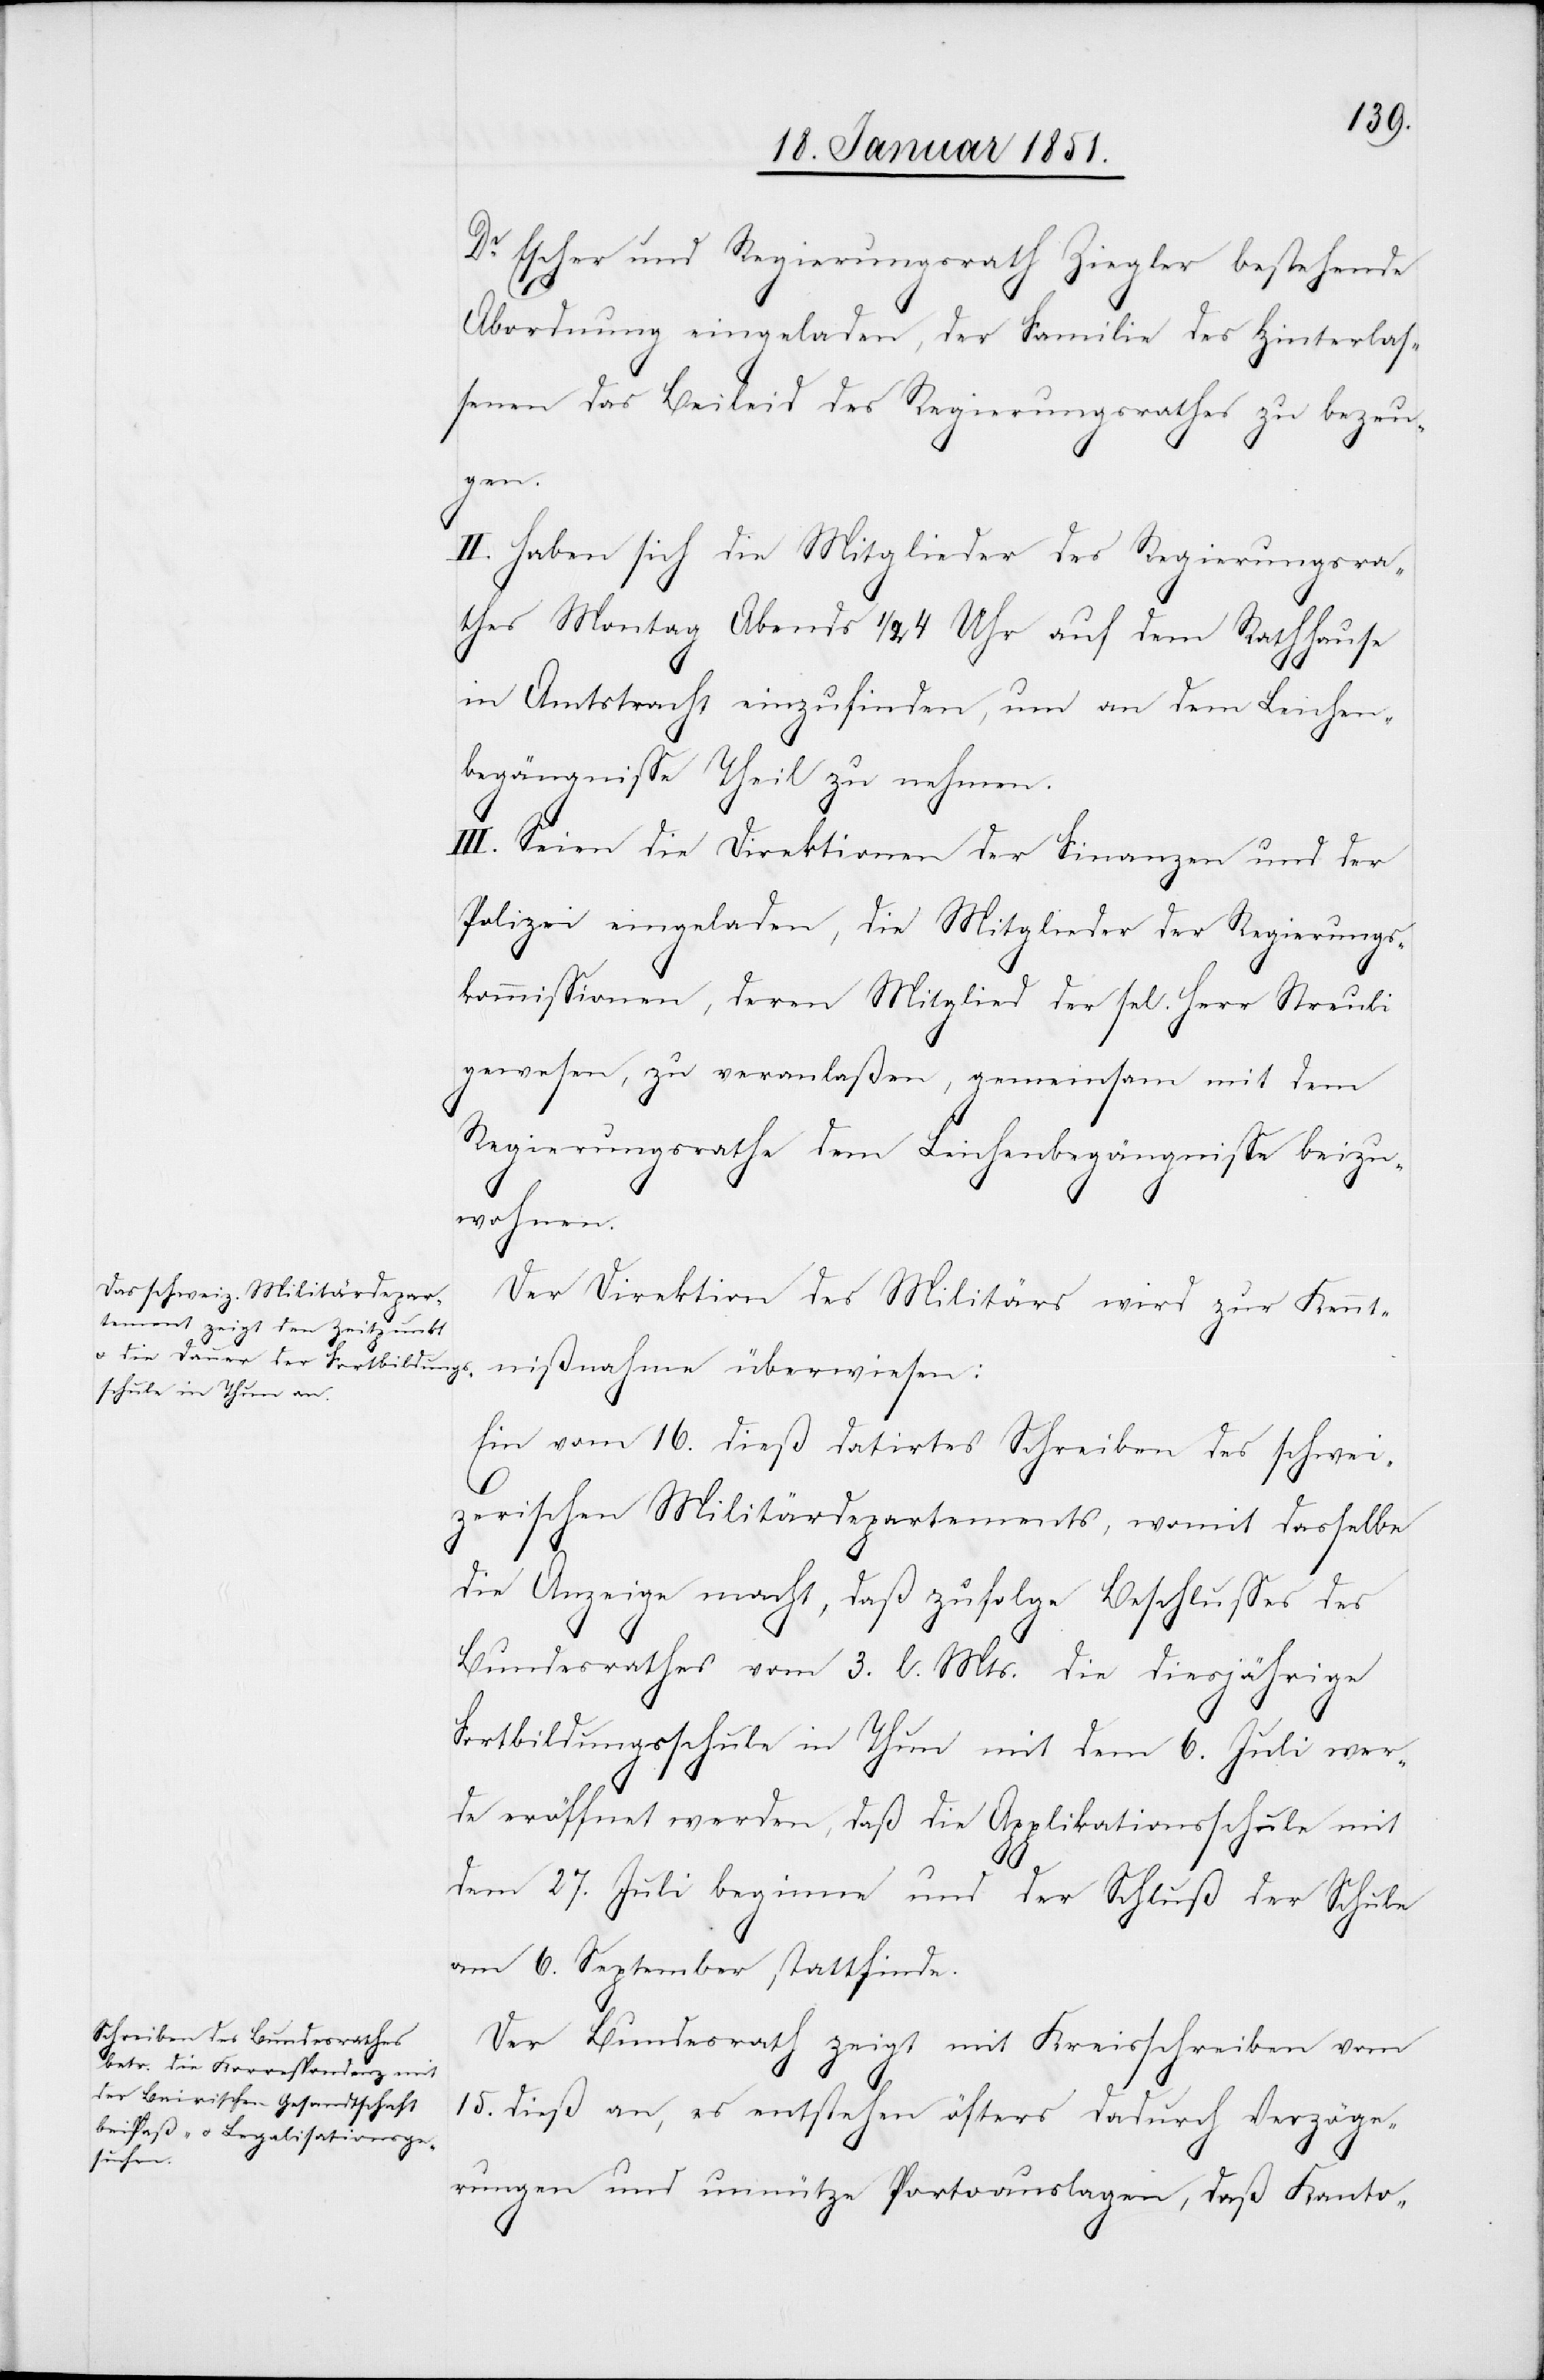
Dr. Escher und Regierungsrath Ziegler bestehende
Abordnung eingeladen, der Familie des Hinterlas¬
senen das Beileid des Regierungsrathes zu bezeu¬
gen.
II. Haben sich die Mitglieder des Regierungsra¬
thes Montag Abends 1/2 4 Uhr auf dem Rathhause
in Amtstracht einzufinden, um an dem Leichen¬
begängnisse Theil zu nehmen.
III. Seien die Direktionen der Finanzen und der
Polizei eingeladen, die Mitglieder der Regierungs¬
kommissionen, deren Mitglied der sel. Herr Streuli
gewesen, zu veranlaßen, gemeinsam mit dem
Regierungsrathe dem Leichenbegängnisse beizu¬
wohnen.
Der Direktion des Militärs wird zur Kennt¬
nißnahme überwiesen:
Ein vom 16. dieß datirtes Schreiben des schwei¬
zerischen Militärdepartements, womit dasselbe
die Anzeige macht, daß zufolge Beschlusses des
Bundesrathes vom 3. l. Mts. die diesjährige
Fortbildungsschule in Thun mit dem 6. Juli wer¬
de eröffnet werden, daß die Applikationsschule mit
dem 27. Juli beginne und der Schluß der Schule
am 6. September stattfinde.
Der Bundesrath zeigt mit Kreisschreiben vom
15. dieß an, es entstehen öfters dadurch Verzöge¬
rungen und unnütze Portoauslagen, daß Kanto-